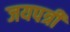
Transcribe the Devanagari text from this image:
जयपत्री